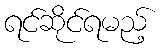
ရင်ဆိုင်ရမည့်